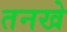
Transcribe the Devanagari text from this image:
तनखे